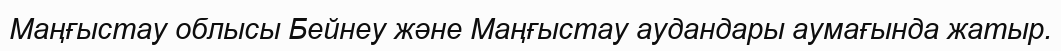
Маңғыстау облысы Бейнеу және Маңғыстау аудандары аумағында жатыр.